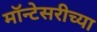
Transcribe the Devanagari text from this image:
मॉन्टेसरीच्या